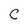
Character: C